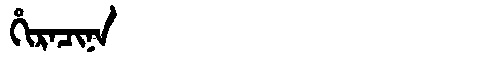
Manchu: ᡥᡳᡵᠠᠴᡳᠨᠠ
Romanization: HIRACINA